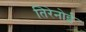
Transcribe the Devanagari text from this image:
तिरेनोई